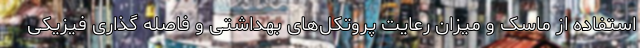
استفاده از ماسک و میزان رعایت پروتکل‌های بهداشتی و فاصله گذاری فیزیکی